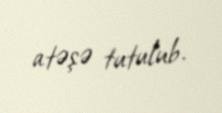
atəşə tutulub.